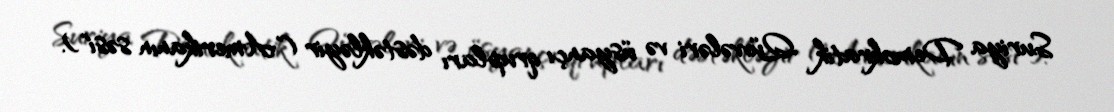
Suriya Demokratik Qüvvələri və üsyançı qrupları dəstəkləyir ("Amerikanın səsi").